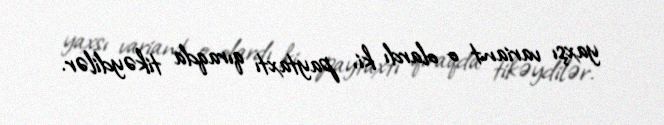
yaxşı variant o olardı ki, paytaxtı qıraqda tikəydilər.